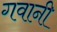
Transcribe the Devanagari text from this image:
गवानी